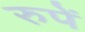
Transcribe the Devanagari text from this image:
रुपें